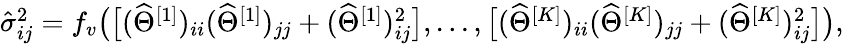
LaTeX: \begin{array}{r}{\hat{\sigma}_{ij}^{2}=f_{v}\big(\big[(\widehat{\Theta}^{[1]})_{ii}(\widehat{\Theta}^{[1]})_{jj}+(\widehat{\Theta}^{[1]})_{ij}^{2}\big],...,\big[(\widehat{\Theta}^{[K]})_{ii}(\widehat{\Theta}^{[K]})_{jj}+(\widehat{\Theta}^{[K]})_{ij}^{2}\big]\big),}\end{array}